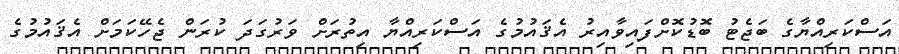
އަސްކަރިއްޔާގެ ބަޖެޓު ބޮޑުކޮށްފައިވާއިރު އެޤައުމުގެ އަސްކަރިއްޔާ އިތުރަށް ވަރުގަދަ ކުރަން ޖެހޭކަމަށް އެޤައުމުގެ